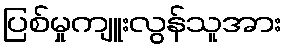
ပြစ်မှုကျူးလွန်သူအား